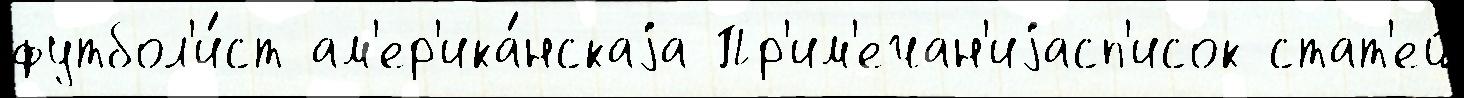
футбол'и́ст ам'ер'ика́нскаjа Пр'им'ечан'иjасп'исок стат'ей